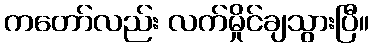
ကတော်လည်း လက်မှိုင်ချသွားပြီ။